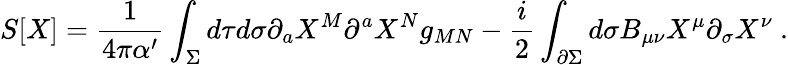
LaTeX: S[X]=\frac{1}{4\pi\alpha^{\prime}}\int_{\Sigma}d\tau d\sigma\partial_{a}X^{M}\partial^{a}X^{N}g_{MN}-\frac{i}{2}\int_{\partial\Sigma}d\sigma B_{\mu\nu}X^{\mu}\partial_{\sigma}X^{\nu}~.